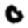
Digit: 0